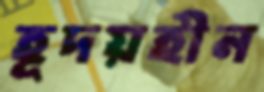
হূদয়হীন